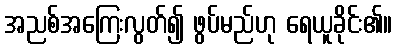
အညစ်အကြေးလွတ်၍ ဖွပ်မည်ဟု ရေယူခိုင်း၏။